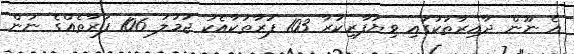
އެ ނޫން ދާއިރާތަކުގައި ވިޔަފާރިކުރާ 103 ފަރާތަކާއެކު ޖުމުލަ 106 ފަރާތެއްގެ ނަން